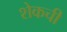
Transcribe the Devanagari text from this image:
शेकची